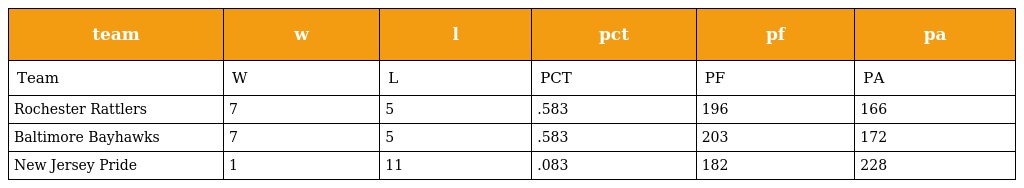
| team | w | l | pct | pf | pa |
 | --- | --- | --- | --- | --- | --- |
 | Team | W | L | PCT | PF | PA |
 | Rochester Rattlers | 7 | 5 | .583 | 196 | 166 |
 | Baltimore Bayhawks | 7 | 5 | .583 | 203 | 172 |
 | New Jersey Pride | 1 | 11 | .083 | 182 | 228 |